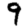
Digit: 9